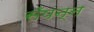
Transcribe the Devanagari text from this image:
सँपन्न